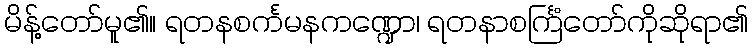
မိန့်တော်မူ၏။ ရတနစင်္ကမနကဏ္ဍော၊ ရတနာစင်္ကြံတော်ကိုဆိုရာ၏